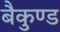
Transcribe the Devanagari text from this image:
बैकुण्ड